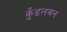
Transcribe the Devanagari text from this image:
कुँडलवन